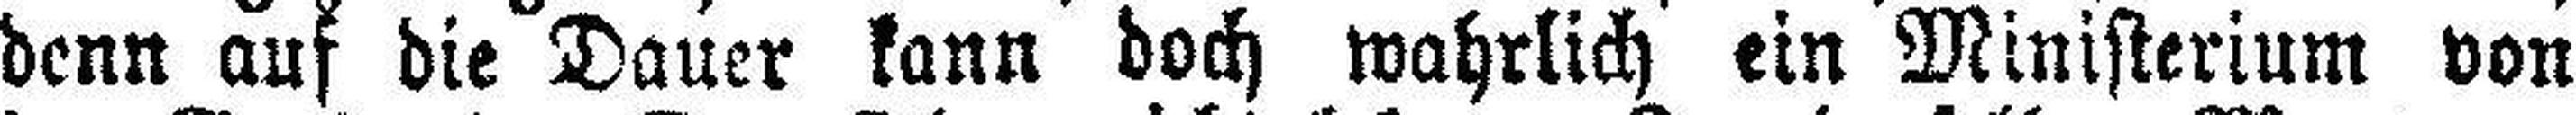
denn auf die Dauer kann doch wahrlich ein Ministerium von